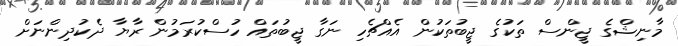
މާނިޝްގެ ޖީންސް ތަކުގެ ޖީބުތަކުން އެއްޗެހި ނަގާ ޖީބުތައް ހުސްކުރަމުން ރާޔާ ދެކުދިންނަށް